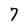
Character: 7